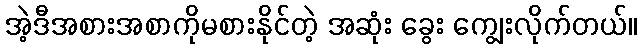
အဲ့ဒီအစားအစာကိုမစားနိုင်တဲ့ အဆုံး ခွေး ကျွေးလိုက်တယ်။